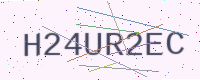
Text: H24UR2EC